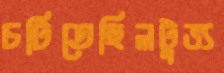
চটিতেছিলটুভ্য